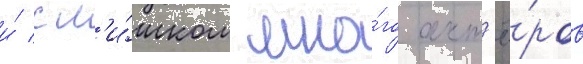
и́ сл'и́шком мно́го акт'ё́ров